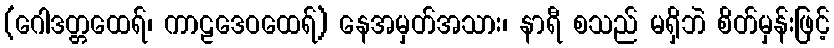
(ဂေါဒတ္တထေရ်၊ ကာဠဒေဝထေရ်) နေအမှတ်အသား၊ နာရီ စသည် မရှိဘဲ စိတ်မှန်းဖြင့်